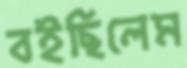
বইছিলেম